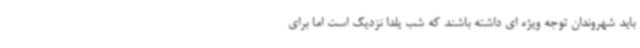
باید شهروندان توجه ویژه ای داشته باشند که شب یلدا نزدیک است اما برای